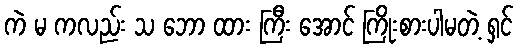
ကဲ မ ကလည်း သ ဘော ထား ကြီး အောင် ကြိုးစားပါမတဲ့ ရှင်